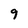
Character: 9